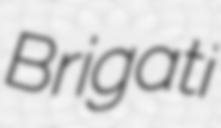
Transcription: Brigati